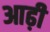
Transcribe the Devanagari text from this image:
आढ़ी